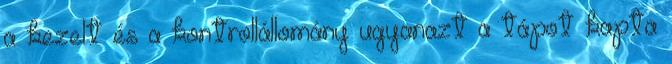
a kezelt és a kontrollállomány ugyanazt a tápot kapta